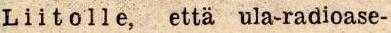
Liitolle, että ula-radioase-